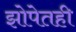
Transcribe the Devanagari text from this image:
झोपेतही